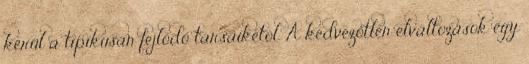
kerül a tipikusan fejlődő társaikétól. A kedvezőtlen elváltozások egy